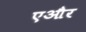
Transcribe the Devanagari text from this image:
एऔर